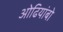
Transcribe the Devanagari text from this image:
ओढियांबो